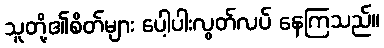
သူတို့၏စိတ်များ ပေါ့ပါးလွတ်လပ် နေကြသည်။